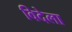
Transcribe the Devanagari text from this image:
विदेला